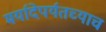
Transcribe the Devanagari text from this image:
मर्यादेपर्यतच्याच